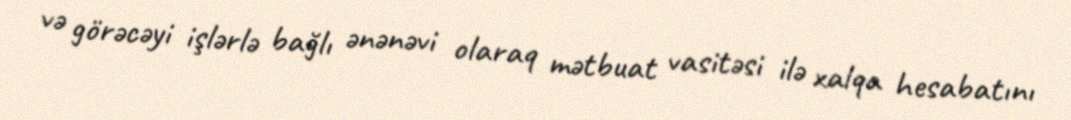
və görəcəyi işlərlə bağlı ənənəvi olaraq mətbuat vasitəsi ilə xalqa hesabatını